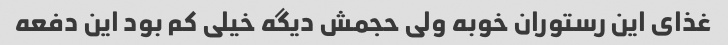
غذای این رستوران خوبه ولی حجمش دیگه خیلی کم بود این دفعه